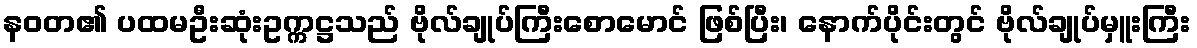
နဝတ၏ ပထမဦးဆုံးဥက္ကဋ္ဌသည် ဗိုလ်ချုပ်ကြီးစောမောင် ဖြစ်ပြီး၊ နောက်ပိုင်းတွင် ဗိုလ်ချုပ်မှူးကြီး